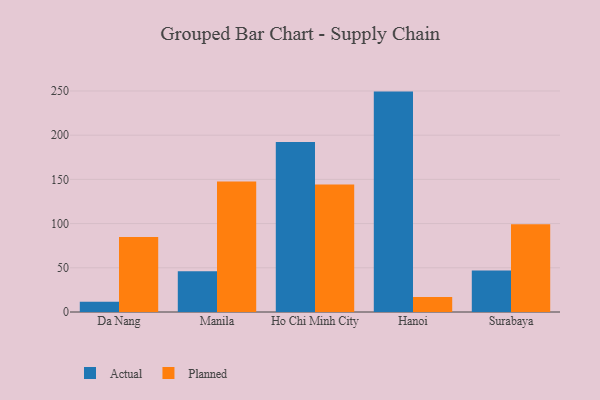
{"axis": {"x": "City", "y": "Churn Rate (%)"}, "legend": ["Actual", "Planned"], "data": [{"x": "Da Nang", "y": 11.6, "type": "Actual"}, {"x": "Da Nang", "y": 84.9, "type": "Planned"}, {"x": "Manila", "y": 46.0, "type": "Actual"}, {"x": "Manila", "y": 147.6, "type": "Planned"}, {"x": "Ho Chi Minh City", "y": 192.2, "type": "Actual"}, {"x": "Ho Chi Minh City", "y": 144.2, "type": "Planned"}, {"x": "Hanoi", "y": 249.3, "type": "Actual"}, {"x": "Hanoi", "y": 17.1, "type": "Planned"}, {"x": "Surabaya", "y": 46.9, "type": "Actual"}, {"x": "Surabaya", "y": 99.3, "type": "Planned"}]}